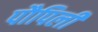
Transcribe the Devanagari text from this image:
पौपिली